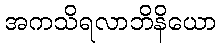
အကသိရလာဘိနိယော